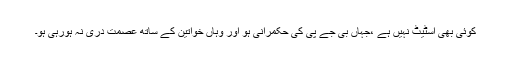
کوئی بھی اسٹیٹ نہیں ہے ،جہاں بی جے پی کی حکمرانی ہو اور وہاں خواتین کے ساتھ عصمت دری نہ ہورہی ہو۔